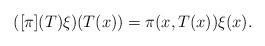
LaTeX: \begin{align*}([\pi](T)\xi) (T(x))=\pi(x,T(x))\xi(x).\end{align*}